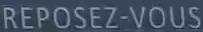
REPOSEZ-VOUS